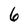
Character: 6